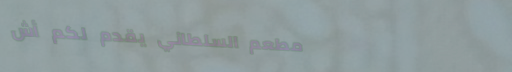
مطعم السلطاني يقدم لكم أش